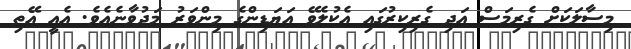
މިސާލަކަށް ގެރިމަސް އަދި ގެރިކިރުގައި އެކުލެވޭ އަޔަޑިންގެ މިންވަރު މަދުވާނެއެވެ. އެއީ އޭތި